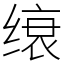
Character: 缞